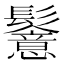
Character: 𩯵